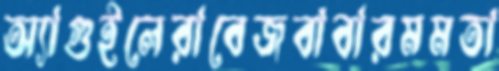
অ্যাগুইলেরাবেজবাবারমমতা